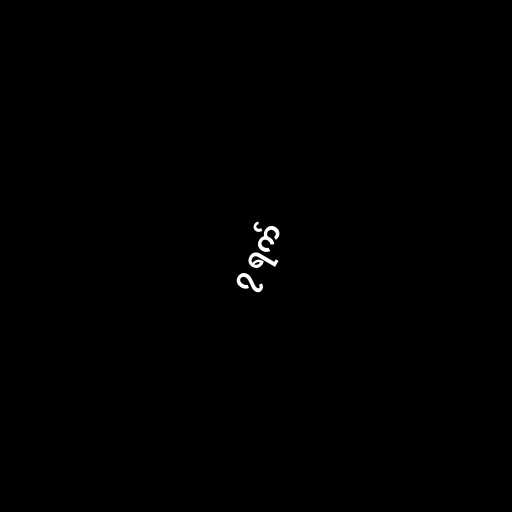
၇ ရက်